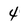
Character: 4